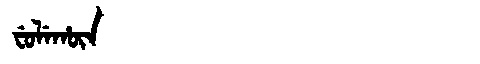
Manchu: ᠸᡠᠯᡝᡥᡡᠨ
Romanization: FULEHŪN